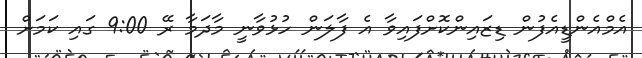
އެމްއެންޑީއެފުން ޑިޒައިންކޮށްފައިވާ އެ ފާލަން ހުޅުވާނީ މާދަމާ ރޭ 9:00 ގައި ކަމަށް